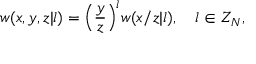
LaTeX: w ( x , y , z | l ) = { \Bigl ( } { \frac { y } { z } } { \Bigr ) } ^ { l } w ( x / z | l ) , \quad l \in Z _ { N } ,